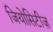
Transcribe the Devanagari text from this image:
जियोसिटीज़